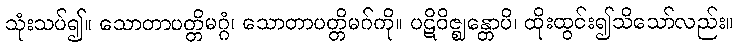
သုံးသပ်၍။ သောတာပတ္တိမဂ္ဂံ၊ သောတာပတ္တိမဂ်ကို။ ပဋိဝိဇ္ဈန္တောပိ၊ ထိုးထွင်း၍သိသော်လည်း။